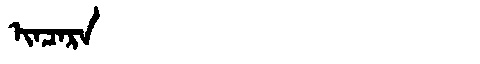
Manchu: ᡳᠨᠴᠠᡵᠠ
Romanization: INCARA